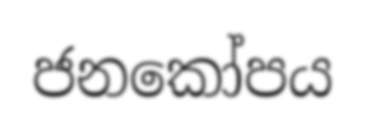
ජනකෝපය